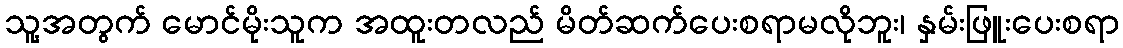
သူ့အတွက် မောင်မိုးသူက အထူးတလည် မိတ်ဆက်ပေးစရာမလိုဘူး၊ နှမ်းဖြူးပေးစရာ